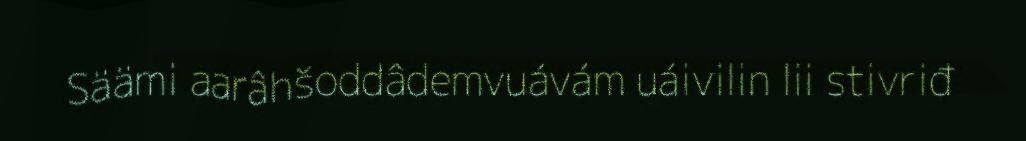
Säämi aarâhšoddâdemvuávám uáivilin lii stivriđ